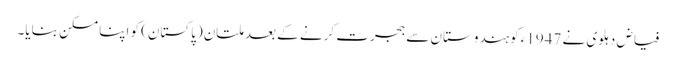
فیاض دہلوی نے 1947ء کوہندوستان سے ہجرت کرنے کے بعد ملتان(پاکستان) کو اپنا مسکن بنایا۔